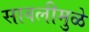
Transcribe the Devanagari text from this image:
सावलीमुळे